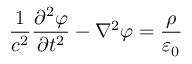
{ \frac { 1 } { c ^ { 2 } } } { \frac { \partial ^ { 2 } \varphi } { \partial t ^ { 2 } } } - \nabla ^ { 2 } { \varphi } = { \frac { \rho } { \varepsilon _ { 0 } } }